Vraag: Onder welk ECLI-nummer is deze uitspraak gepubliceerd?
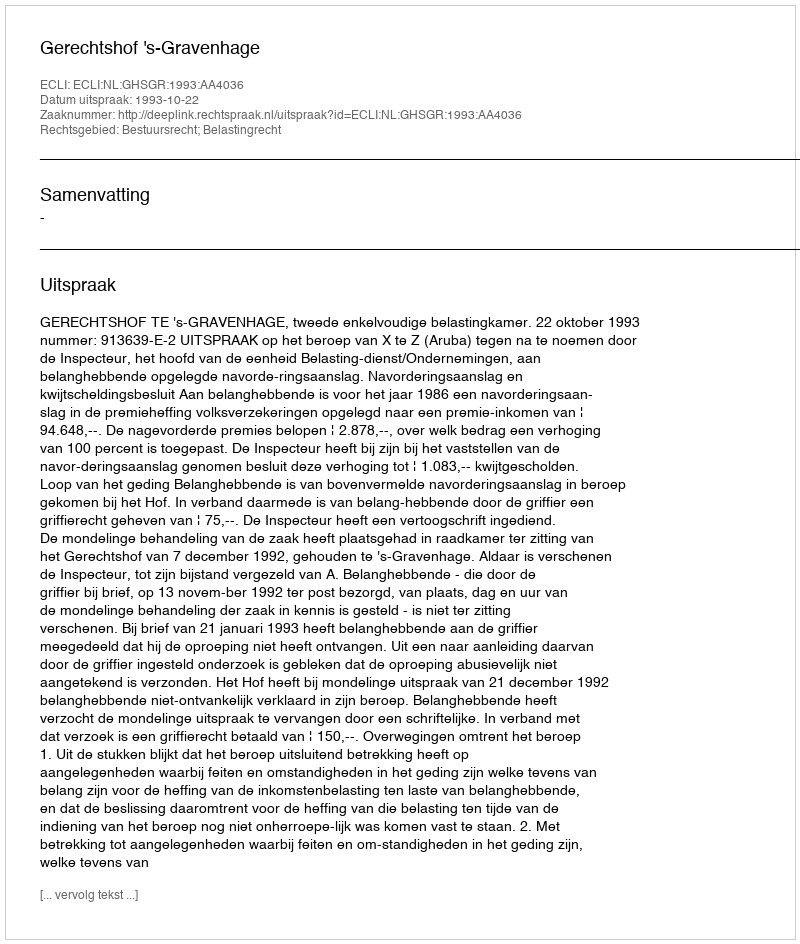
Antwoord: ECLI:NL:GHSGR:1993:AA4036